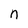
Character: n